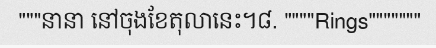
"""នានា នៅចុងខែតុលានេះ។៨. """"Rings"""""""